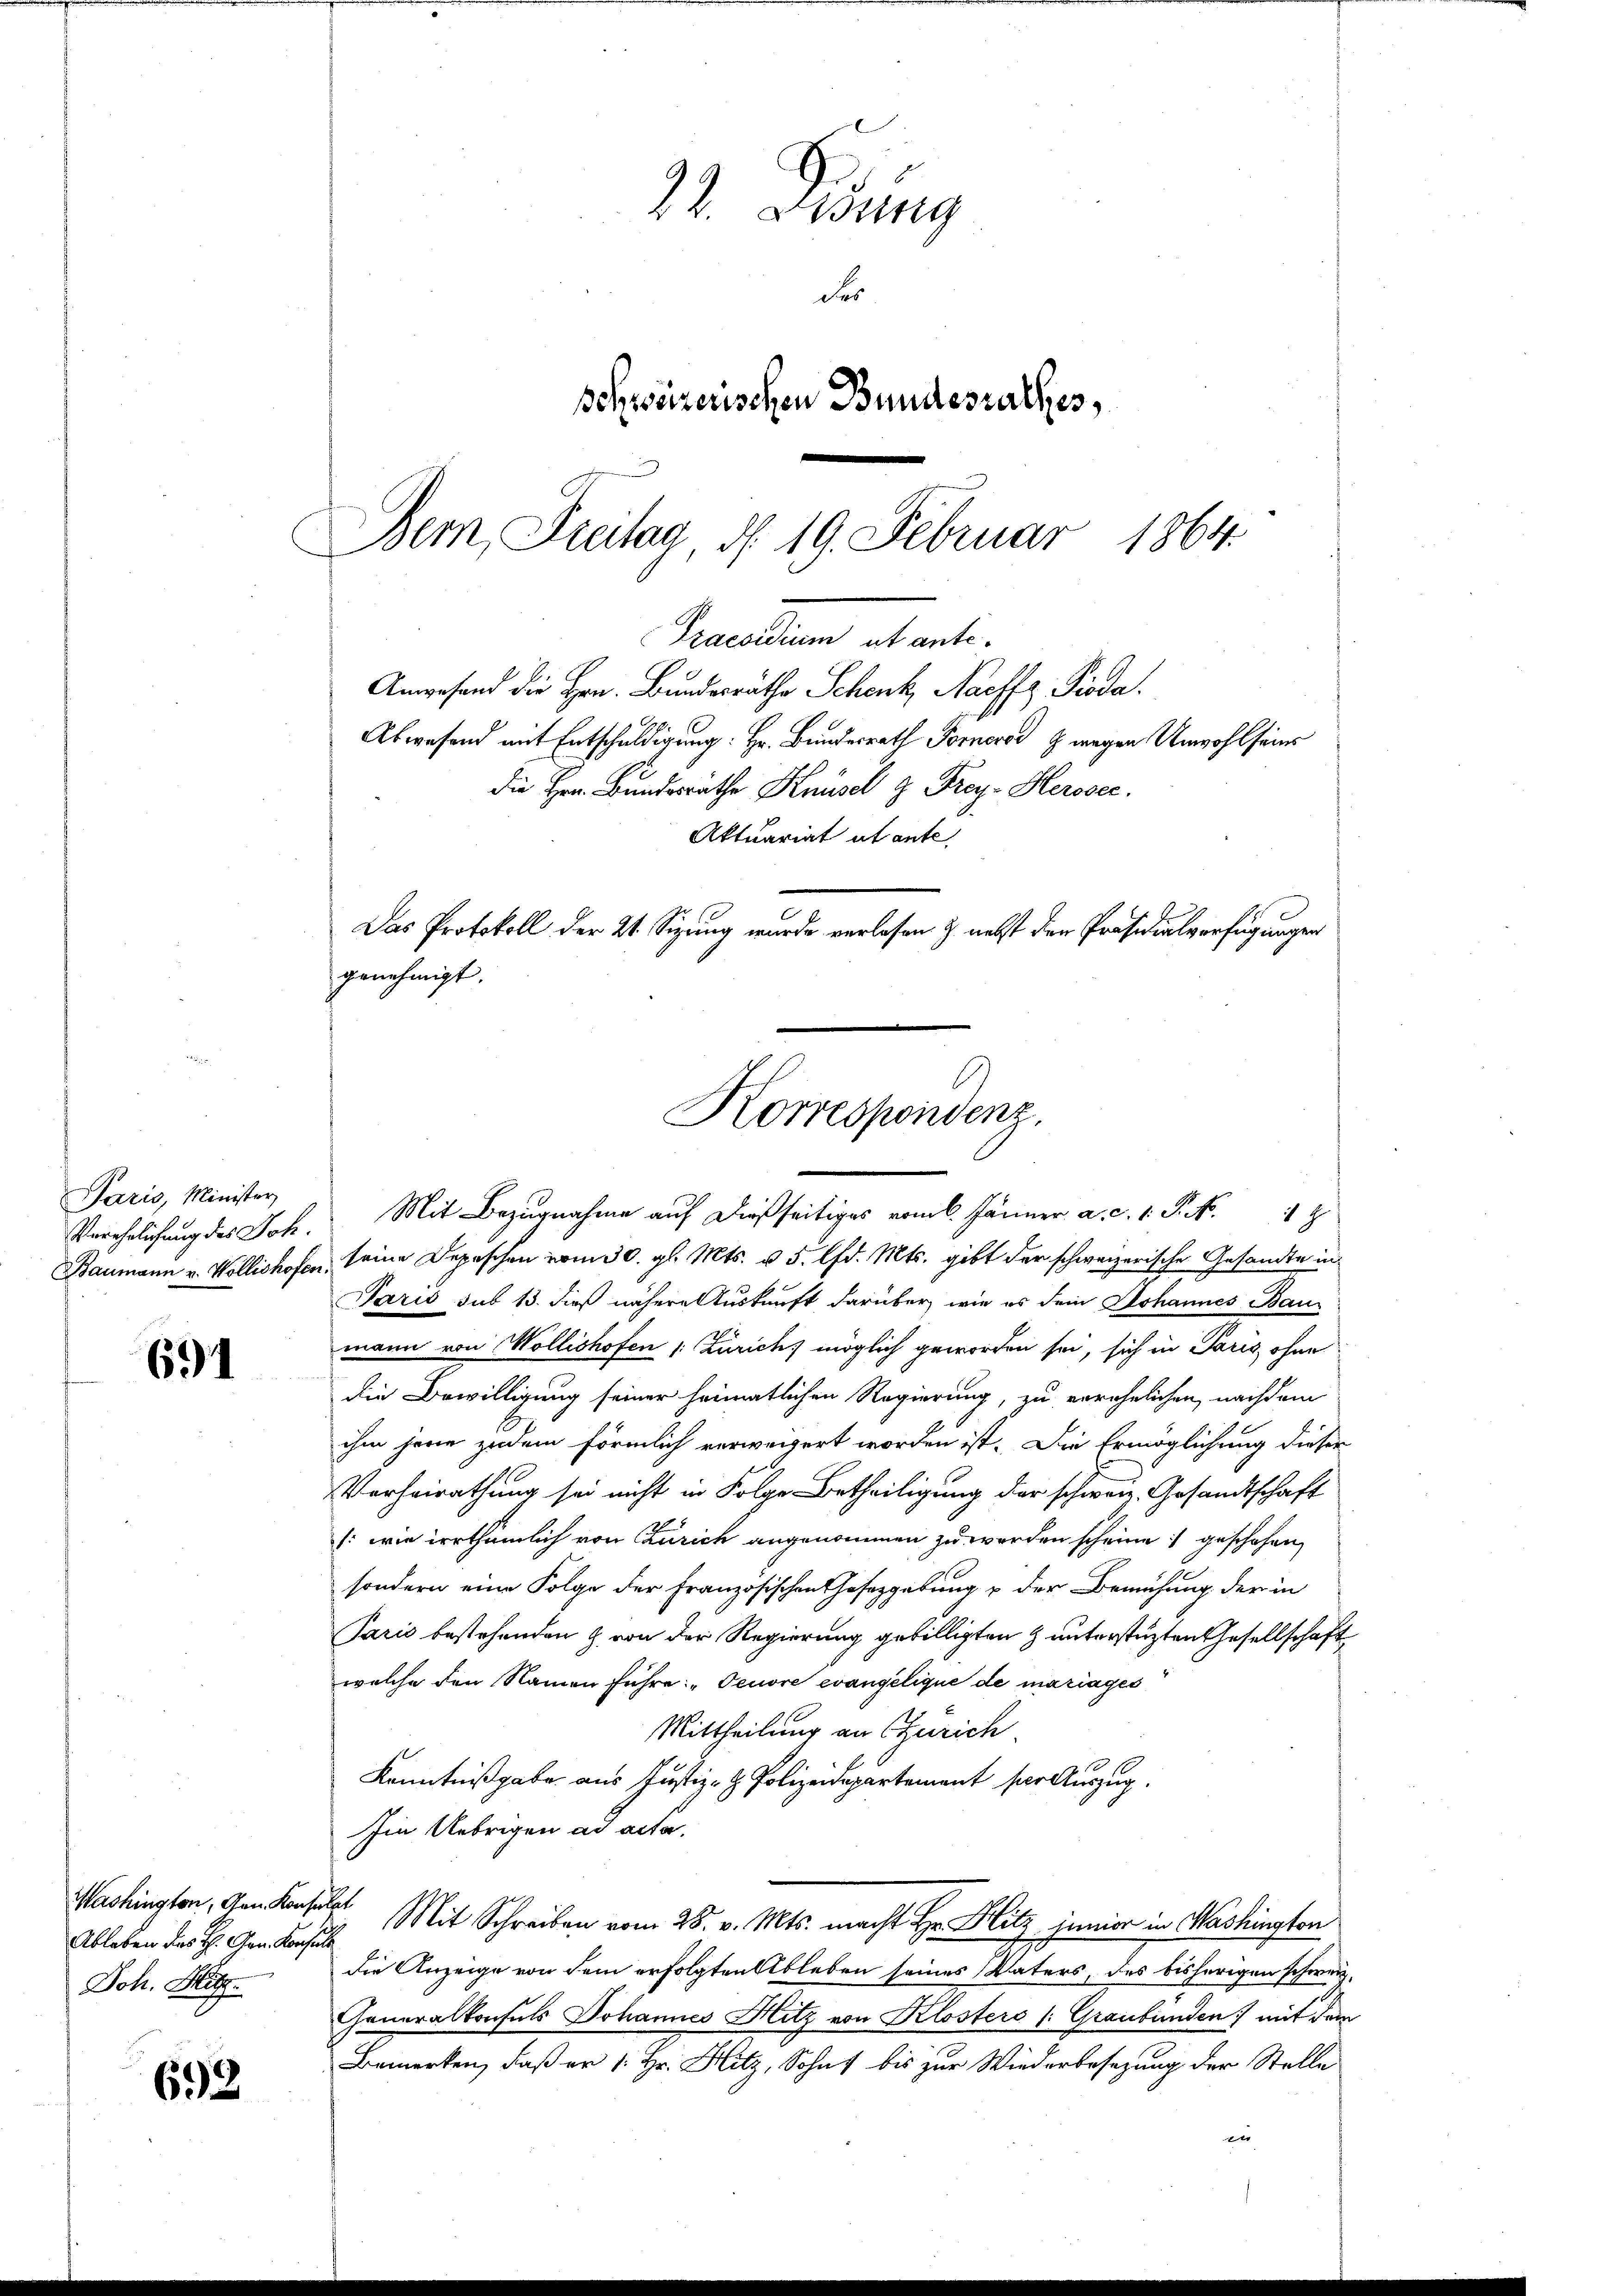
Paris, Minister

691

Washington, den Konsulat
Ableben des H. Gen. Konsuls
Joh. Hitz

692

Praesidium ut ante¬
Angesand die Hrn. Bundesräthe Schenk, Nachfz, Pioda.
Abwesend mit Entschuldigung: Hr. Bundesrath Forneros z wegen Unwohl seins
die Hrn. Bundesräthe Knüsel u. Frey- Herosec.
Aktuariat ut ante

22. Lesung
der
schweizerischen Bundesrathes,
Bem Freitag, d. 19. Februar 1864.

Baumann u. Wollishofen, seine Depeschen vom 30. gl. Mts. v. 5. lfd. Mts. gibt der schweizerische Gesandte in
Paris sub 13. dieß nähere Auskunft darüber, wie es dein Johannes Baumann von Wollishofen /: Zürich, möglich geworden sei, sich in Paris, ohne
die Bewilligung seiner heimatlichen Regierung, zu erwähnlichen, nachdem
ihm jene zudem förmlich verweigert worden ist. Die Ermöglichung dieser
Verheirathung sei nicht in Folge Betheiligung der schweiz. Gesandtschaft
: wie irrthümlich von Zürich angenommen zu werden scheine geschehen,
sondern eine Folge der Französischen Gesetzgebung u der Bemühung der in
Paris bestehenden G. von der Regierung gebilligten & unterstüzten Gesellschaft
welche den Namen führe: "Feuore evangelique de mariages
Mittheilung an (Zürich.
Kenntnißgabe aus Justiz- & Polizeidepartement per Auszug.
Im Uebrigen ad acta.
Mit Schreiben vom 25. v. Mts. macht Hr. Blitz junior in Washington
die Anzeige von dem erfolgten Ableben seines Vaters, des bisherigen schwei¬
Generalkonsuls Johannes Hitz von Klosters (: Graubünden mit dem
Bemerken, daß er 1. Hr. Hitz, Sohns bis zur Wiederbesezung der Stelle
e

Das Protokoll der 21. Sizung wurde verlesen & nebst den Präsidialverfügungen
Korrespondenz.
Verehelichung des Joh. Mit Bezugnahme auf dießseitiges vom 6. Jänner a. c. 1. P. Nr. 18

genehmigt.